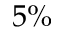
5 \%